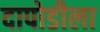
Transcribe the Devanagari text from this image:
दापोडीला